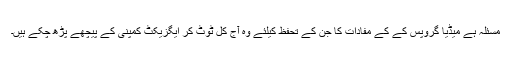
مسئلہ ہے میڈیا گروپس کے کے مفادات کا جن کے تحفظ کیلئے وہ آج کل ٹوٹ کر ایگزیکٹ کمپنی کے پیچھے پڑھ چکے ہیں۔